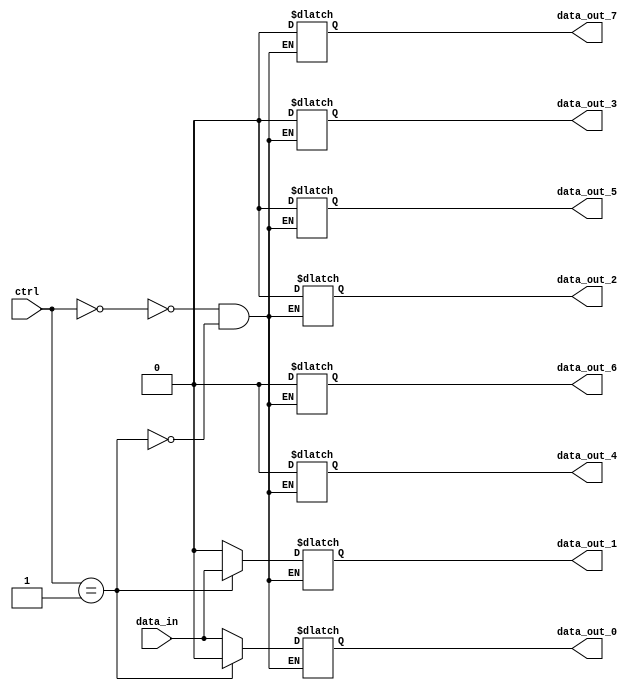
module demux_1to8 (
    input wire [2:0] ctrl,
    input wire data_in,
    output reg data_out_0,
    output reg data_out_1,
    output reg data_out_2,
    output reg data_out_3,
    output reg data_out_4,
    output reg data_out_5,
    output reg data_out_6,
    output reg data_out_7
);

always @(*) begin
    case(ctrl)
        3'b000: begin
            data_out_0 = data_in;
            data_out_1 = 1'b0;
            data_out_2 = 1'b0;
            data_out_3 = 1'b0;
            data_out_4 = 1'b0;
            data_out_5 = 1'b0;
            data_out_6 = 1'b0;
            data_out_7 = 1'b0;
        end
        3'b001: begin
            data_out_0 = 1'b0;
            data_out_1 = data_in;
            data_out_2 = 1'b0;
            data_out_3 = 1'b0;
            data_out_4 = 1'b0;
            data_out_5 = 1'b0;
            data_out_6 = 1'b0;
            data_out_7 = 1'b0;
        end
        3'b010: begin
            // Repeat for the remaining control signal combinations
        end
    endcase
end

endmodule